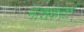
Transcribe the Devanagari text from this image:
नाशकर्ता